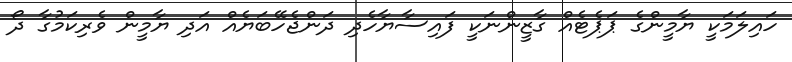
ހައިލަމަކީ ޔާމީންގެ ޕަޕެޓެއް ގާޒީންނަކީ ފައިސާޔާހެދި ދަންޖެހޭބަޔެއް އަދި ޔާމީން ވެރިކަމުގާ ދޯ